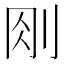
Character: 𠛧